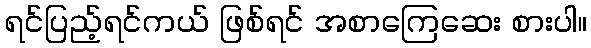
ရင်ပြည့်ရင်ကယ် ဖြစ်ရင် အစာကြေဆေး စားပါ။